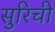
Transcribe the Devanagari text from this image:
सुरिची